Lunatic asylums Bombay report 1878-1890 - 1878-1890
Year: 1878
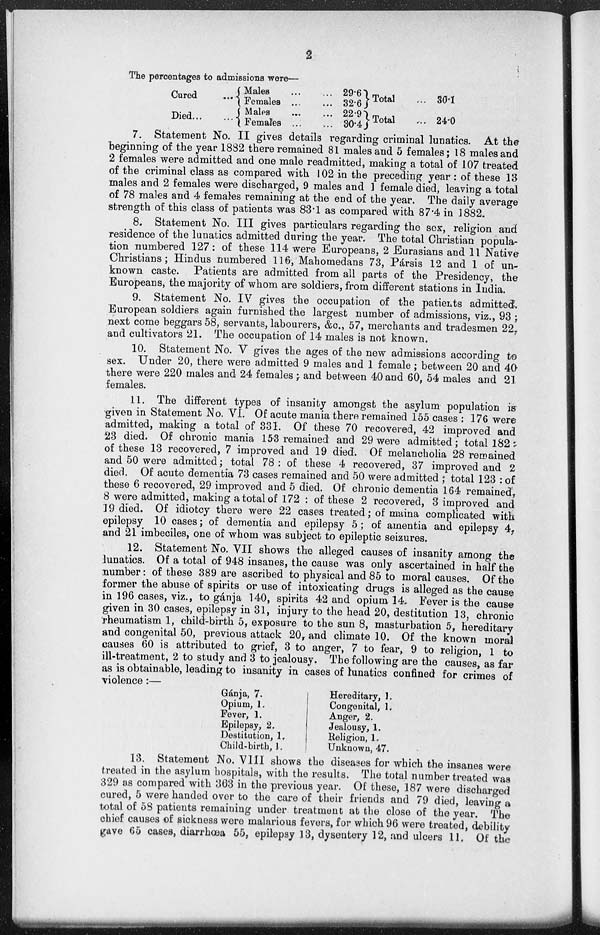
2
The percentages to admissions were—
Cured
...
Died ... ...
Males ... ...
Females ... ...
Males ... ...
Females ... ...
29.6
32.6
22.9
30.4
Total ...
Total ...
30.1
24.0
7. Statement No. II gives details regarding criminal lunatics. At the
beginning of the year 1882 there remained 81 males and 5 females; 18 males and
2 females were admitted and one male readmitted, making a total of 107 treated
of the criminal class as compared with 102 in the preceding year: of these 13
males and 2 females were discharged, 9 males and 1 female died, leaving a total
of 78 males and 4 females remaining at the end of the year. The daily average
strength of this class of patients was 83.1 as compared with 87.4 in 1882.
8. Statement No. III gives particulars regarding the sex, religion and
residence of the lunatics admitted during the year. The total Christian popula-
tion numbered 127: of these 114 were Europeans, 2 Eurasians and 11 Native
Christians; Hindus numbered 116, Mahomedans 73, Pársis 12 and 1 of un-
known caste. Patients are admitted from all parts of the Presidency, the
Europeans, the majority of whom are soldiers, from different stations in India.
9. Statement No. IV gives the occupation of the patients admitted.
European soldiers again furnished the largest number of admissions, viz., 93 ;
next come beggars 58, servants, labourers, &c., 57, merchants and tradesmen 22,
and cultivators 21. The occupation of 14 males is not known.
10. Statement No. V gives the ages of the new admissions according to
sex. Under 20, there were admitted 9 males and 1 female ; between 20 and 40
there were 220 males and 24 females ; and between 40 and 60, 54 males and 21
females.
11. The different types of insanity amongst the asylum population is
given in Statement No. VI. Of acute mania there remained 155 cases : 176 were
admitted, making a total of 331. Of these 70 recovered, 42 improved and
23 died. Of chronic mania 153 remained and 29 were admitted; total 182:
of these 13 recovered, 7 improved and 19 died. Of melancholia 28 remained
and 50 were admitted; total 78 : of these 4 recovered, 37 improved and 2
died. Of acute dementia 73 cases remained and 50 were admitted ; total 123 : of
these 6 recovered, 29 improved and 5 died. Of chronic dementia 164 remained,
8 were admitted, making a total of 172 : of these 2 recovered, 3 improved and
19 died. Of idiotcy there were 22 cases treated; of maina complicated with
epilepsy 10 cases; of dementia and epilepsy 5 ; of amentia and epilepsy 4,
and 21 imbeciles, one of whom was subject to epileptic seizures.
12. Statement No. VII shows the alleged causes of insanity among the
lunatics. Of a total of 948 insanes, the cause was only ascertained in half the
number: of these 389 are ascribed to physical and 85 to moral causes. Of the
former the abuse of spirits or use of intoxicating drugs is alleged as the cause
in 196 cases, viz., to gánja 140, spirits 42 and opium 14. Fever is the cause
given in 30 cases, epilepsy in 31, injury to the head 20, destitution 13, chronic
rheumatism 1, child-birth 5, exposure to the sun 8, masturbation 5, hereditary
and congenital 50, previous attack 20, and climate 10. Of the known moral
causes 60 is attributed to grief, 3 to anger, 7 to fear, 9 to religion, 1 to
ill-treatment, 2 to study and 3 to jealousy. The following are the causes, as far
as is obtainable, leading to insanity in cases of lunatics confined for crimes of
violence :—
Gánja, 7.
Opium, 1.
Fever, 1.
Epilepsy, 2.
Destitution, 1.
Child-birth, 1.
Hereditary, 1.
Congenital, 1.
Anger, 2.
Jealousy, 1.
Religion, 1.
Unknown, 47.
13. Statement No. VIII shows the diseases for which the insanes were
treated in the asylum hospitals, with the results. The total number treated was
329 as compared with 363 in the previous year. Of these, 187 were discharged
cured, 5 were handed over to the care of their friends and 79 died, leaving a
total of 58 patients remaining under treatment at the close of the year. The
chief causes of sickness were malarious fevers, for which 96 were treated, debility
gave 65 cases, diarrhœa 55, epilepsy 13, dysentery 12, and ulcers 11. Of the